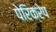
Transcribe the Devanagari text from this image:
पेरिक्रेप